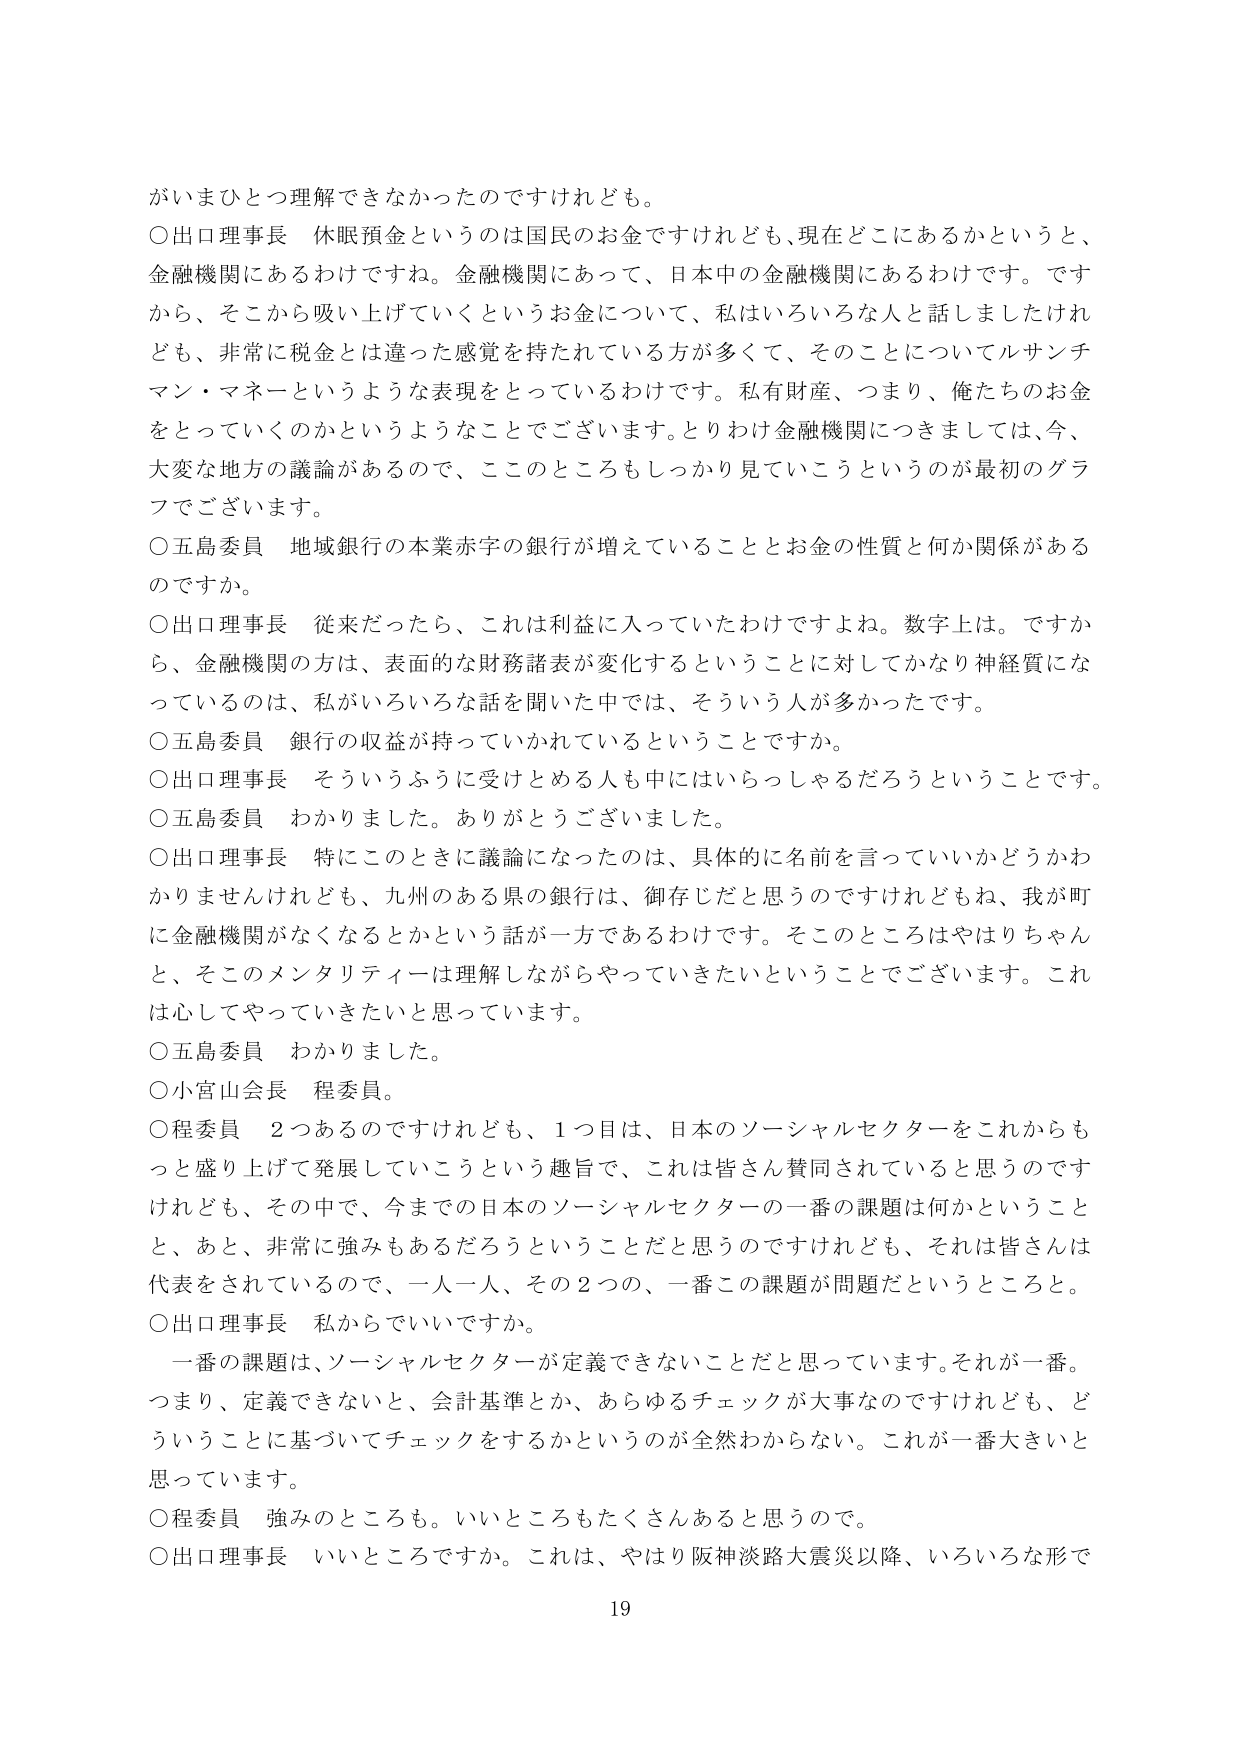
がいまひとつ理解できなかったのですけれども。

○出口理事長　休眠預金というのは国民のお金ですけれども、現在どこにあるかというと、金融機関にあるわけです。金融機関にあって、日本中の金融機関にあるわけです。ですから、そこから吸い上げていくというお金について、私はいろいろな人と話しましたけれども、非常に税金とは違った感覚を持たれている方が多くて、そのことについてルサンチマン・マネーというような表現をとっているわけです。私有財産、つまり、俺たちのお金をとっていくのかというようなことでございます。とりわけ金融機関につきましては、今、大変な地方の議論があるので、このところもしっかり見ていこうというのが最初のグラフでございます。

○五島委員　地域銀行の本業赤字の銀行が増えていることとお金の性質と何か関係があるのですか。

○出口理事長　従来だったら、これは利益に入っていたわけですよ。数字上は。ですから、金融機関の方は、表面的な財務諸表が変化するということに対してかなり神経質になっているのは、私がいろいろな話を聞いた中では、そういう人が多かったです。

○五島委員　銀行の収益が持っていかれているということですか。

○出口理事長　そういうふうに受けとめる人も中にはいらっしゃるだろうということです。

○五島委員　わかりました。ありがとうございました。

○出口理事長　特にこのときに議論になったのは、具体的に名前を言っていいかどうかわかりませんけれども、九州のある県の銀行は、御存じだと思うのですけれども、我が町に金融機関がなくなるとかという話が一方であるわけです。そこのところはやはりちゃんと、そこのメンタリティは理解しながらやっていきたいということでございます。これは心してやっていきたいと思っています。

○五島委員　わかりました。

○小宮山会長　程委員。

○程委員　2つあるのですけれども、1つ目は、日本のソーシャルセクターをこれからもっと盛り上げて発展していこうという趣旨で、これは皆さん賛同されていると思うのですけれども、その中で、今までの日本のソーシャルセクターの一番の課題は何かということと、あと、非常に強みもあるだろうということだと思うのですけれども、それは皆さんは代表をされているので、一人一人、その2つの、一番この課題が問題だというところと。

○出口理事長　私からでいいですか。

一番の課題は、ソーシャルセクターが定義できないことだと思っています。それが一番。つまり、定義できないと、会計基準とか、あらゆるチェックが大事なのですけれども、どういうことに基づいてチェックをするかというのが全然わからない。これが一番大きいと思っています。

○程委員　強みのところも。いいところもたくさんあると思うので。

○出口理事長　いいところですか。これは、やはり阪神淡路大震災以降、いろいろな形で

19